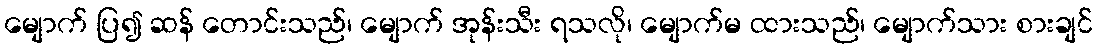
မျောက် ပြ၍ ဆန် တောင်းသည်၊ မျောက် အုန်းသီး ရသလို၊ မျောက်မ ထားသည်၊ မျောက်သား စားချင်